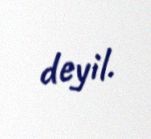
deyil.